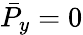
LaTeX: \bar{P}_{y}=0